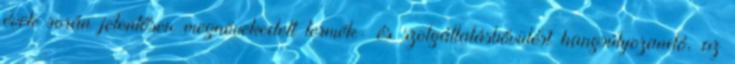
évek során jelentősen megnövekedett termék- és szolgáltatásbővülést hangsúlyozandó, az